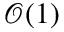
\mathcal { O } ( 1 )